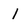
Character: l